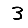
Digit: 3